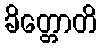
ခိတ္တောတိ